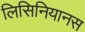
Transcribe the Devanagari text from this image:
लिसिनियानस